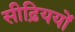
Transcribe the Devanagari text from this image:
सीढ़िययों